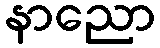
နာညော